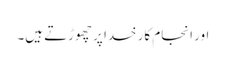
اور انجام کار خدا پر چھوڑتے ہیں۔